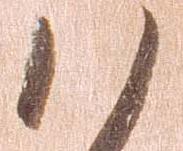
ハ